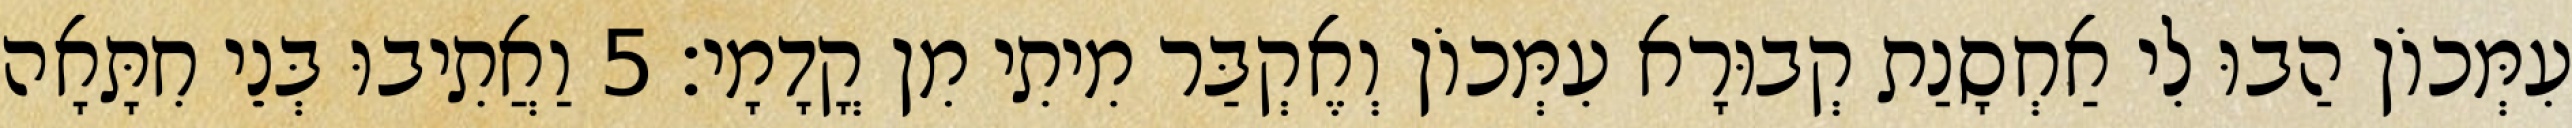
עִמְּכוֹן הַבוּ לִי אַחְסָנַת קְבוּרָא עִמְּכוֹן וְאֶקְבַּר מִיתִי מִן קֳדָמָי׃ 5 וַאֲתִיבוּ בְּנֵי חִתָּאָה